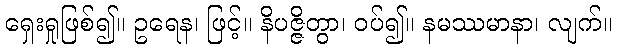
ရှေးရှုဖြစ်၍။ ဥရေန၊ ဖြင့်။ နိပဇ္ဇိတွာ၊ ဝပ်၍။ နမဿမာနာ၊ လျက်။